Scottish Leaving Certificate Examination, 1952
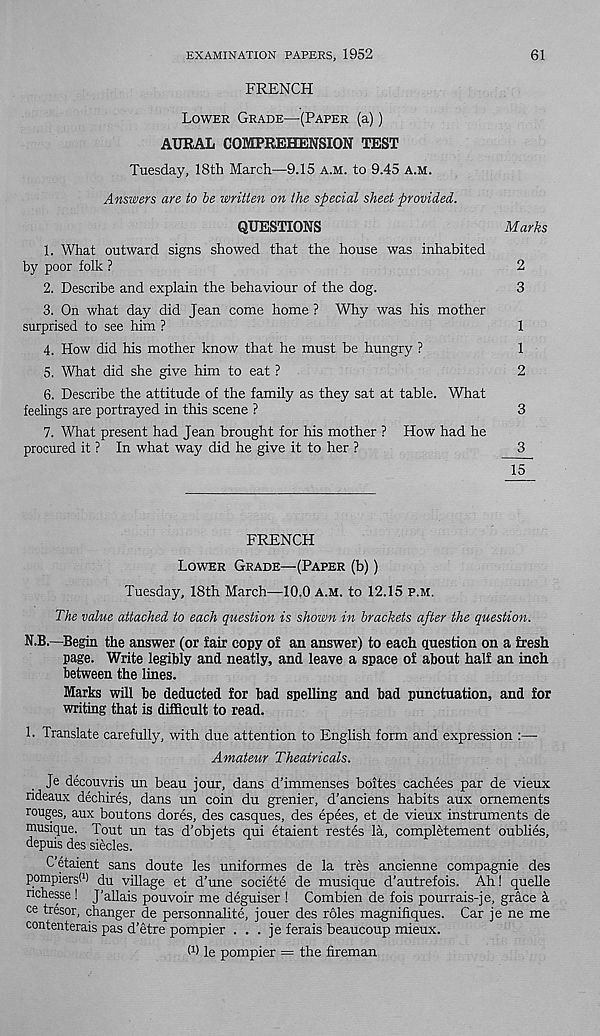
EXAMINATION PAPERS, 1952
61
FRENCH
Lower Grade—(Paper (a))
AURAL COMPREHENSION TEST
Tuesday, 18th March—9.15 a.m. to 9.45 a.m.
Answers are to be written on the special sheet provided.
QUESTIONS
Marks
1. What outward signs showed that the house was inhabited
by poor folk ?
2
2. Describe and explain the behaviour of the dog.
3
3. On what day did Jean come home ? Why was his mother
surprised to see him ?
1
4. How did his mother know that he must be hungry ?
1
5. What did she give him to eat ?
2
6. Describe the attitude of the family as they sat at table. What
feelings are portrayed in this scene ?
3
7. What present had Jean brought for his mother ? How had he
procured it ? In what way did he give it to her ?
3
FRENCH
Lower Grade—(Paper (b))
Tuesday, 18th March—10,0 A.M. to 12.15 p.m.
The value attached to each question is shown in brackets after the question.
N.B.—Begin the answer (or fair copy of an answer) to each question on a fresh
page. Write legibly and neatly, and leave a space of about half an inch
between the lines.
Marks will be deducted for bad spelling and bad punctuation, and for
writing that is difficult to read.
1. Translate carefully, with due attention to English form and expression :—
Amateur Theatricals.
Je decouvris un beau jour, dans d’immenses boites cachees par de vieux
ndeaux dechires, dans un coin du grenier, d’anciens habits aux omements
rouges, aux boutons dores, des casques, des epees, et de vieux instruments de
musique. Tout un tas d’objets qui etaient restes la, completement oublies,
depuis des siecles.
C’etaient sans doute les uniformes de la tres ancienne compagnie des
pompiers! 1 ) du village et d’une societe de musique d’autrefois. Ah! quelle
nchesse! J'allais pouvoir me deguiser ! Combien de fois pourrais-je, grace &
ce tresor, changer de personnalite, jouer des roles magnifiques. Car je ne me
contenterais pas d’etre pompier . . . je ferais beaucoup mieux.
d) le pompier = the fireman